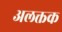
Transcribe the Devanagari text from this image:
अलक्तक